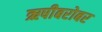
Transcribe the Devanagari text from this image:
ऋषीबरोबर